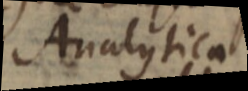
Analytica